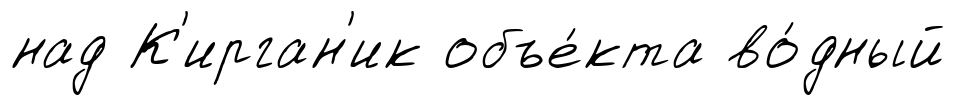
над К'ирган'ик объе́кта во́дный